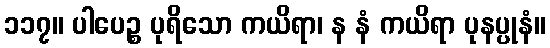
၁၁၇။ ပါပေဉ္စ ပုရိသော ကယိရာ၊ န နံ ကယိရာ ပုနပ္ပုနံ။